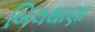
બિલથાણા